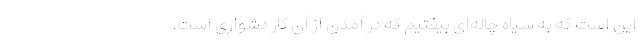
این است که به سیاه چاله‌ای بیفتیم که در آمدن از آن کار دشواری است.